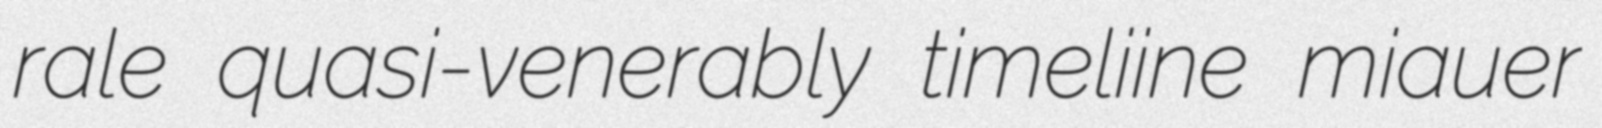
rale quasi-venerably timeliine miauer